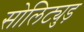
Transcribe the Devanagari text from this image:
सोलिट्युड़